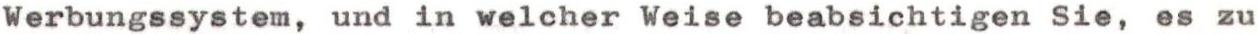
Werbungssystem, und in welcher Weise beabsichtigen Sie, es zu